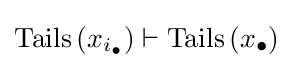
\operatorname {Tails} \left(x_{i_{\bullet }}\right)\vdash \operatorname {Tails} \left(x_{\bullet }\right)